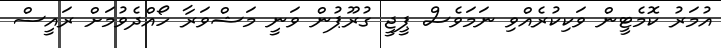
އުމަރު ކޮމެޓީން ވަކިކުރެއްވި ނަމަވެސް ޕީޖީ ގުރޫޕުން ވަނީ މަޝްވަރާ ހޯއްދެވުމަށް ރައީސް